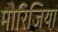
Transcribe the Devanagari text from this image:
मोरिजिया